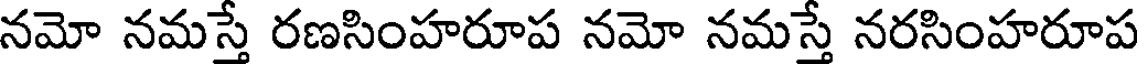
నమో నమస్తే రణసింహరూప నమో నమస్తే నరసింహరూప